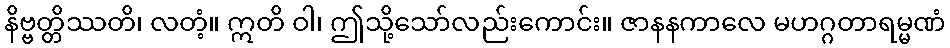
နိဗ္ဗတ္တိဿတိ၊ လတံ့။ ဣတိ ဝါ၊ ဤသို့သော်လည်းကောင်း။ ဇာနနကာလေ မဟဂ္ဂတာရမ္မဏံ